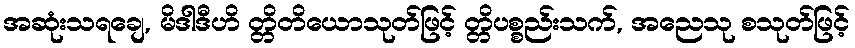
အဆုံးသရချေ, မိဒါဒီဟိ တ္တိတိယောသုတ်ဖြင့် တ္တိပစ္စည်းသက်, အညေသု စသုတ်ဖြင့်